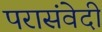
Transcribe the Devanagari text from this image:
परासंवेदी